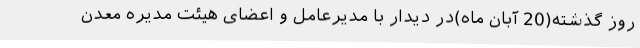
روز گذشته(20 آبان ماه)در دیدار با مدیرعامل و اعضای هیئت مدیره معدن